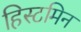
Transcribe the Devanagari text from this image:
हिस्टमिन